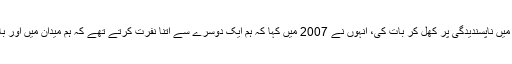
وسیم نے دوسروں کے بارے میں ناپسندیدگی پر کھل کر بات کی، انہوں نے 2007 میں کہا کہ ہم ایک دوسرے سے اتنا نفرت کرتے تھے کہ ہم میدان میں اور باہر بھی بات نہیں کرتے تھے۔